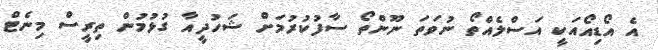
އެ އޯޑިއޯއަކީ އަސްލެއްތޯ ނުވަތަ ނޫންތޯ ސާފުކުރުމަށް ޝަހުދީއާ ގުޅުމުން ތިރީސް މިނެޓް